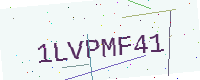
Text: 1LVPMF41